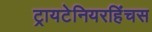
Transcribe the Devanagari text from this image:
ट्रायटेनियरहिंचस